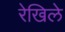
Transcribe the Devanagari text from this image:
रेखिले